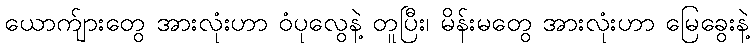
ယောက်ျားတွေ အားလုံးဟာ ဝံပုလွေနဲ့ တူပြီး၊ မိန်းမတွေ အားလုံးဟာ မြေခွေးနဲ့